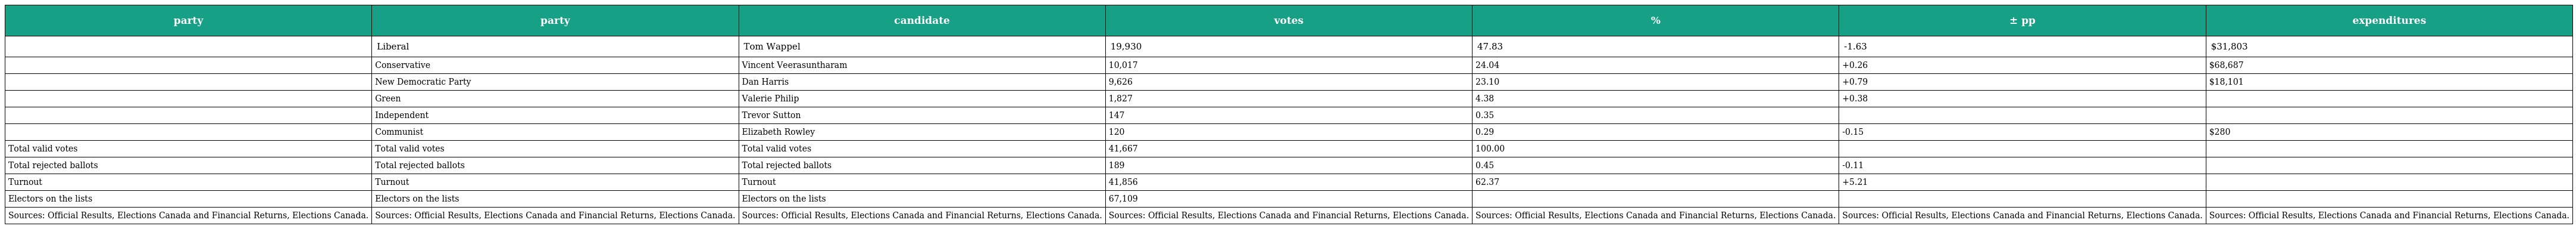
| party | party | candidate | votes | % | ± pp | expenditures |
 | --- | --- | --- | --- | --- | --- | --- |
 |  | Liberal | Tom Wappel | 19,930 | 47.83 | -1.63 | $31,803 |
 |  | Conservative | Vincent Veerasuntharam | 10,017 | 24.04 | +0.26 | $68,687 |
 |  | New Democratic Party | Dan Harris | 9,626 | 23.10 | +0.79 | $18,101 |
 |  | Green | Valerie Philip | 1,827 | 4.38 | +0.38 |  |
 |  | Independent | Trevor Sutton | 147 | 0.35 |  |  |
 |  | Communist | Elizabeth Rowley | 120 | 0.29 | -0.15 | $280 |
 | Total valid votes | Total valid votes | Total valid votes | 41,667 | 100.00 |  |  |
 | Total rejected ballots | Total rejected ballots | Total rejected ballots | 189 | 0.45 | -0.11 |  |
 | Turnout | Turnout | Turnout | 41,856 | 62.37 | +5.21 |  |
 | Electors on the lists | Electors on the lists | Electors on the lists | 67,109 |  |  |  |
 | Sources: Official Results, Elections Canada and Financial Returns, Elections Canada. | Sources: Official Results, Elections Canada and Financial Returns, Elections Canada. | Sources: Official Results, Elections Canada and Financial Returns, Elections Canada. | Sources: Official Results, Elections Canada and Financial Returns, Elections Canada. | Sources: Official Results, Elections Canada and Financial Returns, Elections Canada. | Sources: Official Results, Elections Canada and Financial Returns, Elections Canada. | Sources: Official Results, Elections Canada and Financial Returns, Elections Canada. |